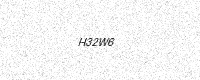
Text: H32W6